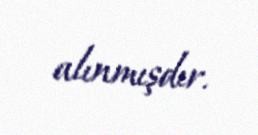
alınmışdır.